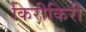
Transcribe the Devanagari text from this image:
किरीकिरी